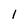
Character: l